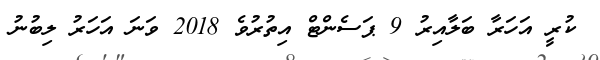
ކުރީ އަހަރާ ބަލާއިރު 9 ޕަސެންޓް އިތުރުވެ 2018 ވަނަ އަހަރު ލިބުނު